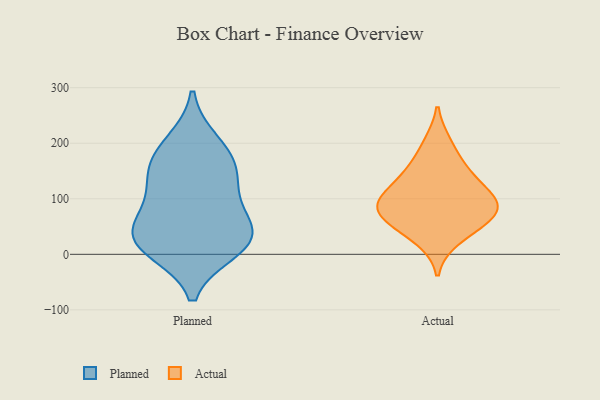
{"axis": {"x": "Energy Usage (MWh)", "y": "Value"}, "legend": ["Actual", "Planned"], "data": [{"x": "", "y": 10, "type": "Planned"}, {"x": "", "y": 95, "type": "Planned"}, {"x": "", "y": 34, "type": "Planned"}, {"x": "", "y": 162, "type": "Planned"}, {"x": "", "y": 123, "type": "Planned"}, {"x": "", "y": 164, "type": "Planned"}, {"x": "", "y": 47, "type": "Planned"}, {"x": "", "y": 24, "type": "Planned"}, {"x": "", "y": 27, "type": "Planned"}, {"x": "", "y": 200, "type": "Planned"}, {"x": "", "y": 112, "type": "Actual"}, {"x": "", "y": 60, "type": "Actual"}, {"x": "", "y": 80, "type": "Actual"}, {"x": "", "y": 154, "type": "Actual"}, {"x": "", "y": 57, "type": "Actual"}, {"x": "", "y": 27, "type": "Actual"}, {"x": "", "y": 100, "type": "Actual"}, {"x": "", "y": 200, "type": "Actual"}, {"x": "", "y": 144, "type": "Actual"}, {"x": "", "y": 96, "type": "Actual"}, {"x": "", "y": 80, "type": "Actual"}]}